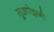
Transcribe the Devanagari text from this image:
सुआरेझनी